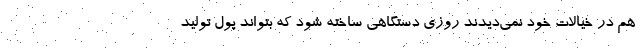
هم در خیالات خود نمی‌دیدند روزی دستگاهی ساخته شود که بتواند پول تولید